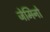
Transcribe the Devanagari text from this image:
जेमिनो